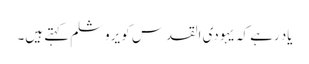
یاد رہے کہ یہودی القدس کو یروشلم کہتے ہیں۔